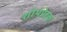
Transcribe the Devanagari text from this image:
शोथप्रेरक